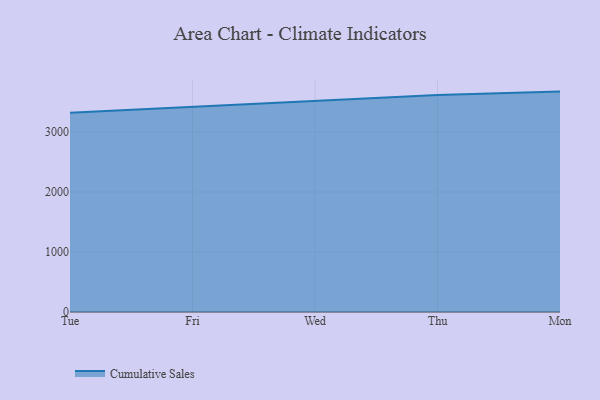
{"axis": {"x": "Day", "y": "Inventory Turnover"}, "legend": ["Cumulative Sales"], "data": [{"x": "Tue", "y": 3319.5, "type": "Cumulative Sales"}, {"x": "Fri", "y": 3421.2, "type": "Cumulative Sales"}, {"x": "Wed", "y": 3525.2, "type": "Cumulative Sales"}, {"x": "Thu", "y": 3614.9, "type": "Cumulative Sales"}, {"x": "Mon", "y": 3673.6, "type": "Cumulative Sales"}]}